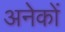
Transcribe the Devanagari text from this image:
अनेेकों